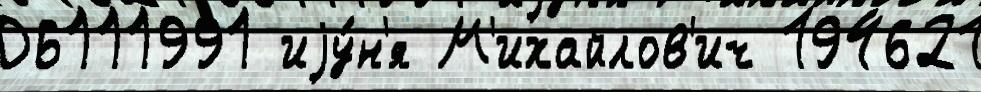
06111991 иjу́н'я М'ихайлов'ич 194621